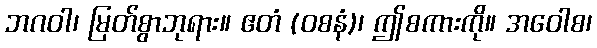
ဘဂဝါ၊ မြတ်စွာဘုရား။ ဧတံ (ဝစနံ)၊ ဤစကားကို။ အဝေါစ၊